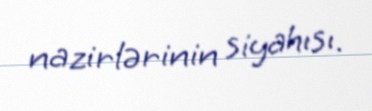
nazirlərinin siyahısı.